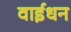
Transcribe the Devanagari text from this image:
वाईधन